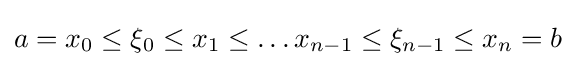
a=x_{0}\leq \xi _{0}\leq x_{1}\leq \ldots x_{n-1}\leq \xi _{n-1}\leq x_{n}=b